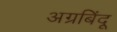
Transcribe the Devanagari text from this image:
अग्रबिंदू